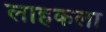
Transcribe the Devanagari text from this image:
लाहकला